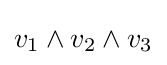
v_{1}\wedge v_{2}\wedge v_{3}